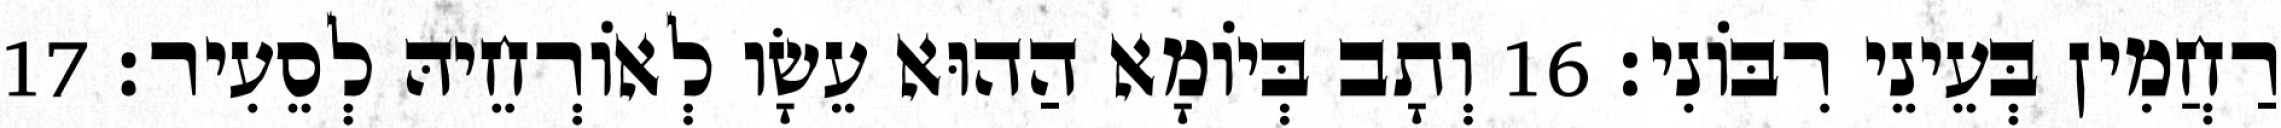
רַחֲמִין בְּעֵינֵי רִבּוֹנִי׃ 16 וְתָב בְּיוֹמָא הַהוּא עֵשָׂו לְאוֹרְחֵיהּ לְסֵעִיר׃ 17